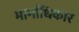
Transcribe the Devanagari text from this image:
मार्गाधिकार